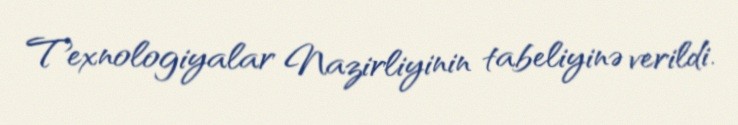
Texnologiyalar Nazirliyinin tabeliyinə verildi.